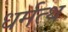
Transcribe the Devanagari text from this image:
धर्मत्थ